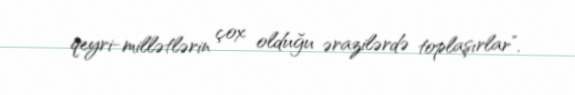
qeyri-millətlərin çox olduğu ərazilərdə toplaşırlar”.